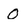
Character: 0